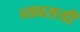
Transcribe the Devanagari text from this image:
व्यवसयी